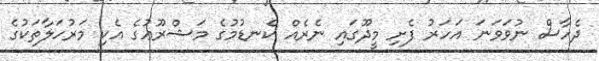
ދެހާސް ނުވަވަނަ އަހަރު ފެށި މީދޫގައި ނެރެއް ކެނޑުމުގެ މަޝްރޫޢުގެ އެކި މަރުހަލާތަކުގެ